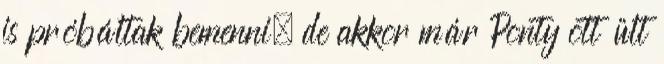
is próbáltak bemenni, de akkor már Ponty ott ült